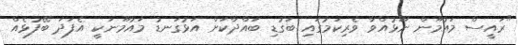
"ރައީސް މައުމޫން ނޫޅުއްވާ ވެރިކަމުގައި ބަގުޑި ބައްދާކަށް އަޅުގަނޑު މައުމޫނަކީ އެފަދަ ބޭފުޅެއް